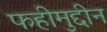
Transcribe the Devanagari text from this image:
फहीमुद्दीन